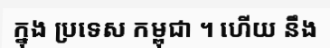
ក្នុង ប្រទេស កម្ពុជា ។ ហើយ នឹង